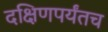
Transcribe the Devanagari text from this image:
दक्षिणपर्यंतच